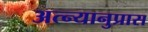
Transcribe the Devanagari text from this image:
अत्न्यानुप्रास